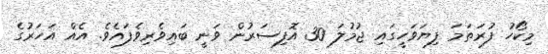
މިކޯހު ފުރަތަމަ ފިޔަވަހީގައި ޖުމުލަ 30 އޮފިސަރުން ވަނީ ބައިވެރިވެފައެވެ. އެއް އަހަރުގެ